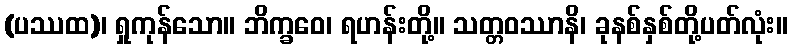
(ပဿထ)၊ ရှုကုန်သော။ ဘိက္ခဝေ၊ ရဟန်းတို့။ သတ္တဝဿာနိ၊ ခုနစ်နှစ်တို့ပတ်လုံး။